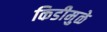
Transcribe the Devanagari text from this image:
किडीमुळे